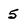
Character: 5